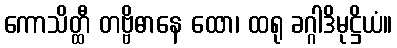
ကောသိတ္ထီ တဗ္ဗိဓာနေ ထော၊ ထရု ခဂ္ဂါဒိမုဋ္ဌိယံ။